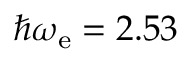
\hbar \omega _ { \mathrm { e } } = 2 . 5 3